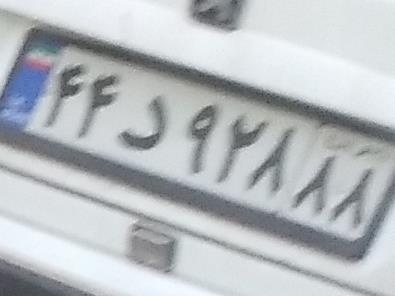
۴۴د۹۲۸۸۸